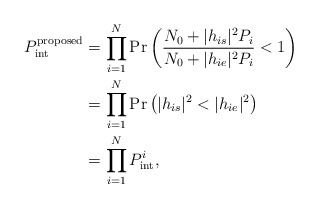
\begin{align*}{P^{\textrm{proposed}}_{{\mathop{\textrm {int}}} }}&= \prod\limits_{i = 1}^N {\Pr \left( {\frac{{N_0 + |h_{is} |^2 P_i }}{{N_0 + |h_{ie} |^2 P_i }} < 1} \right)}\\&= \prod\limits_{i = 1}^N {\Pr \left( {|{h_{is}}{|^2} < |{h_{ie}}{|^2}} \right)}\\&=\prod\limits_{i = 1}^N {P_{{\mathop{\textrm {int}}} }^i},\end{align*}